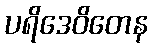
ပရိဒေဝိတေန